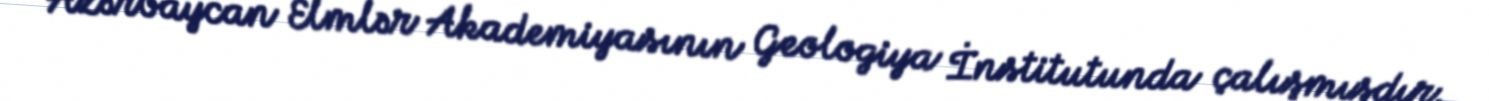
Azərbaycan Elmlər Akademiyasının Geologiya İnstitutunda çalışmışdır.